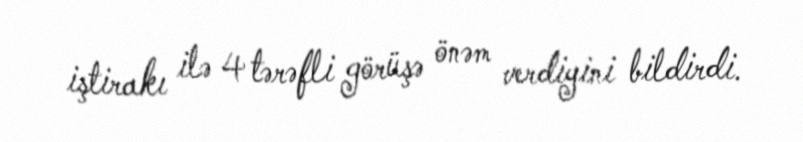
iştirakı ilə 4 tərəfli görüşə önəm verdiyini bildirdi.